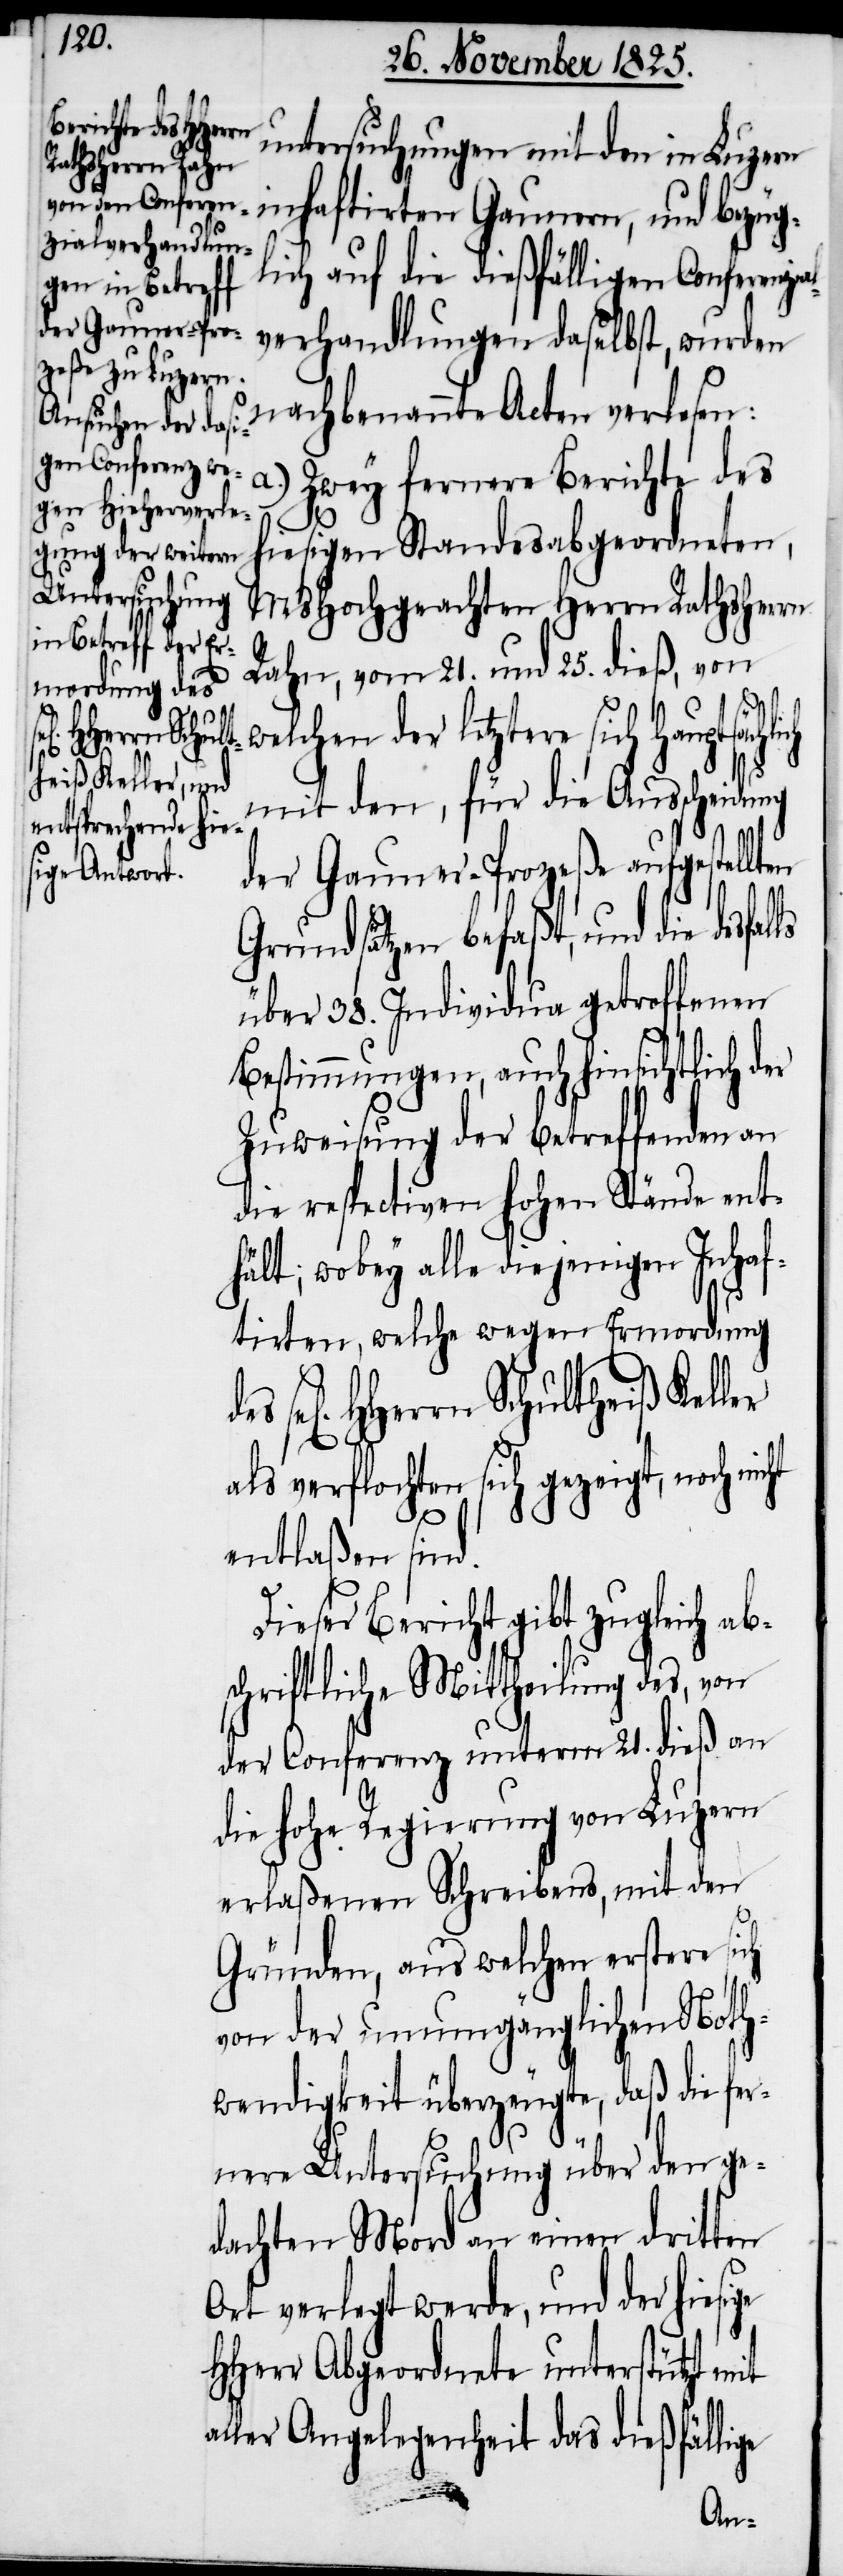
HHerrn Schult¬
heiß Keller

Untersuchungen mit den in Luzern
inhaftirten Gaunern, und bezüg¬
lich auf die dießfälligen Conferenz¬
verhandlungen daselbst, wurden
nachbenannte Acten verlesen:
a.)
Zwey fernere Berichte des
hiesigen Standesabgeordneten,
MsHochgeachten Herrn Rathsherrn
Rahn, vom 21. und 25. dieß, von
elchen der letztere sich hauptsäch¬
mit den, für die Ausscheidung
der Gauner-Prozeße aufgestellten
w¬
Grundsätzen befaßt, und die desfa¬
über 38. Individua getroffenen
Bestimmungen, auch hinsichtlich der
Zuweisung der betreffenden an
die respectiven hohen Stände ent¬
hält: wobey alle diejenigen Inhaf¬
tirten, welche wegen Ermordung
als verflochten sich gezeigt, noch
entlaßen sind.
Dieser Bericht gibt zugleich ab¬
schriftliche Mittheilung des, von
der Conferenz unterm 21. dieß an
die hohe Regierung von Luzern
erlaßenen Schreibens, mit den
Gründen, aus welchen erstere sich
von der unumgänglichen Noth¬
wendigkeit überzeugte, daß die fer¬
nere Untersuchung über den ge¬
dachten Mord an einen dritten
Ort verlegt werde, und der hiesige
HHerr Abgeordnete unterstützt mit
aller Angelegenheit das dießfällige
des